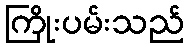
ကြိုးပမ်းသည်